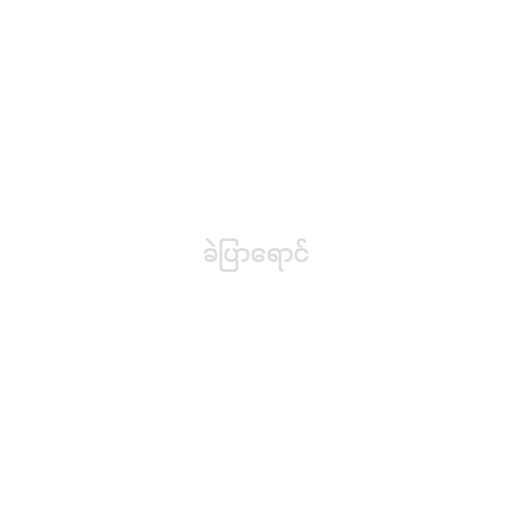
ခဲပြာရောင်